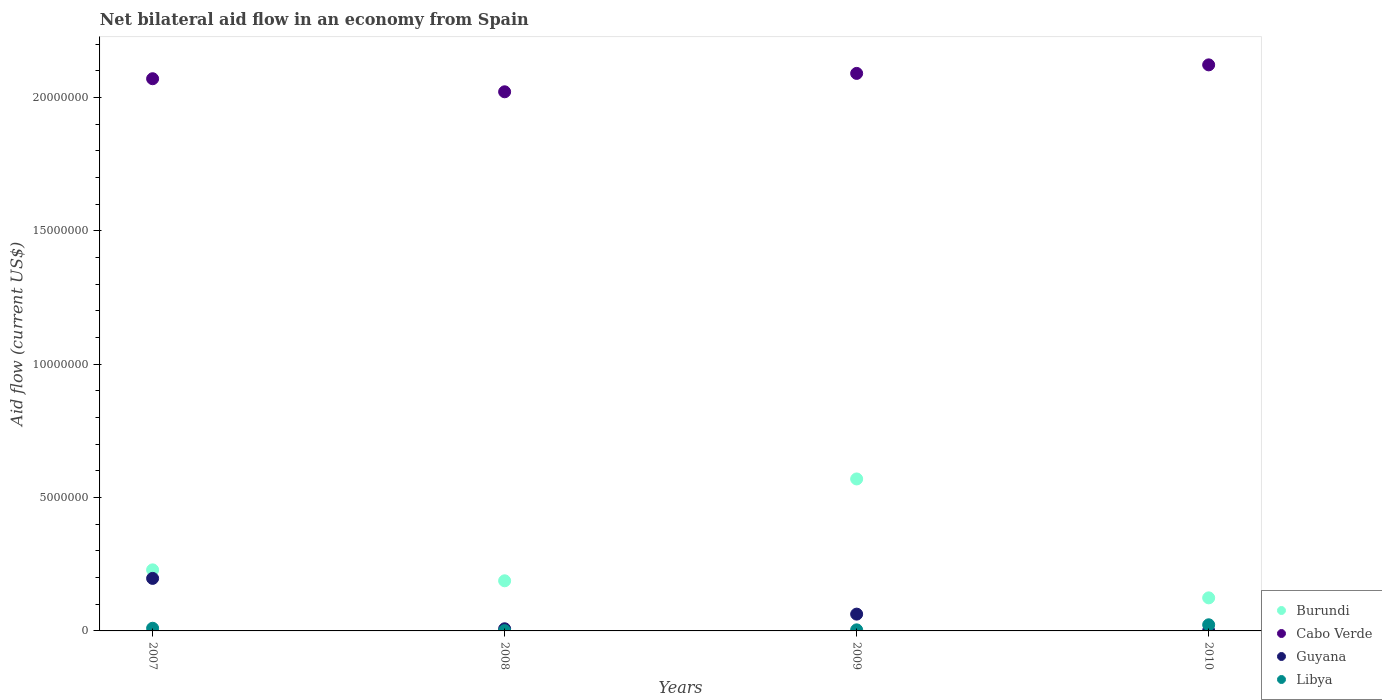
| Years | Burundi | Cabo Verde | Guyana | Libya |
 | --- | --- | --- | --- | --- |
 | 2007 | 2.29e+06 | 2.07e+07 | 1.97e+06 | 1e+05 |
 | 2008 | 1.88e+06 | 2.02e+07 | 8e+04 | 1e+04 |
 | 2009 | 5.7e+06 | 2.09e+07 | 6.3e+05 | 4e+04 |
 | 2010 | 1.24e+06 | 2.12e+07 | 1e+04 | 2.3e+05 |